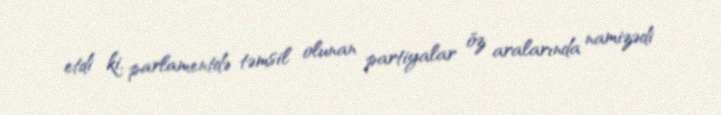
etdi ki, parlamentdə təmsil olunan partiyalar öz aralarında namizədi